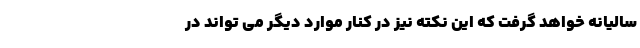
سالیانه خواهد گرفت که این نکته نیز در کنار موارد دیگر می تواند در